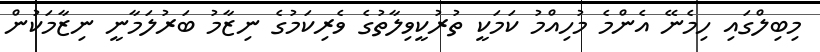
މިބިލްގައި ހިމެނޭ އެންމެ މުހިއްމު ކަމަކީ ތުރުކީވިލާތުގެ ވެރިކަމުގެ ނިޒާމު ބަރުލަމާނީ ނިޒާމަކުން